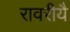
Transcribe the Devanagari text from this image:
रावरीयै